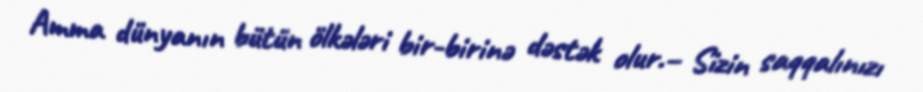
Amma dünyanın bütün ölkələri bir-birinə dəstək olur.– Sizin saqqalınızı